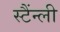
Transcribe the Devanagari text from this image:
स्टैंन्ली